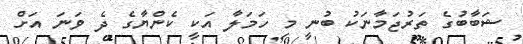
ޝަބާބުގެ ތަރުޖަމާނަކު ބުނީ މި ހަމަލާ އަކީ ކެންޔާގެ ދެ ވަނަ އަށް